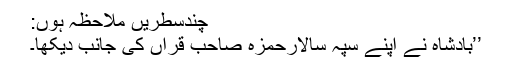
چندسطریں ملاحظہ ہوں:
’’بادشاہ نے اپنے سپہ سالارحمزہ صاحب قراں کی جانب دیکھا۔